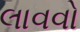
લાવવો